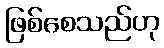
ဖြစ်စေသည်ဟု